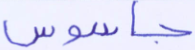
جاسوس